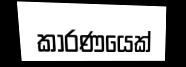
කාරණයෙක්